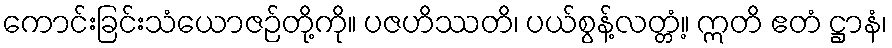
ကောင်းခြင်းသံယောဇဉ်တို့ကို။ ပဇဟိဿတိ၊ ပယ်စွန့်လတ္တံ့။ ဣတိ ဧတံ ဋ္ဌာနံ၊